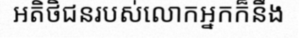
អតិថិជនរបស់លោកអ្នកក៏នឹង